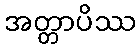
အတ္တာပိဿ